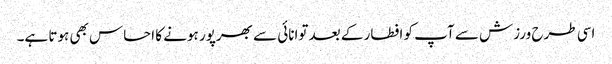
اسی طرح ورزش سے آپ کو افطار کے بعد توانائی سے بھرپور ہونے کا احساس بھی ہوتا ہے۔